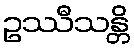
ဥဿီသန္တိ